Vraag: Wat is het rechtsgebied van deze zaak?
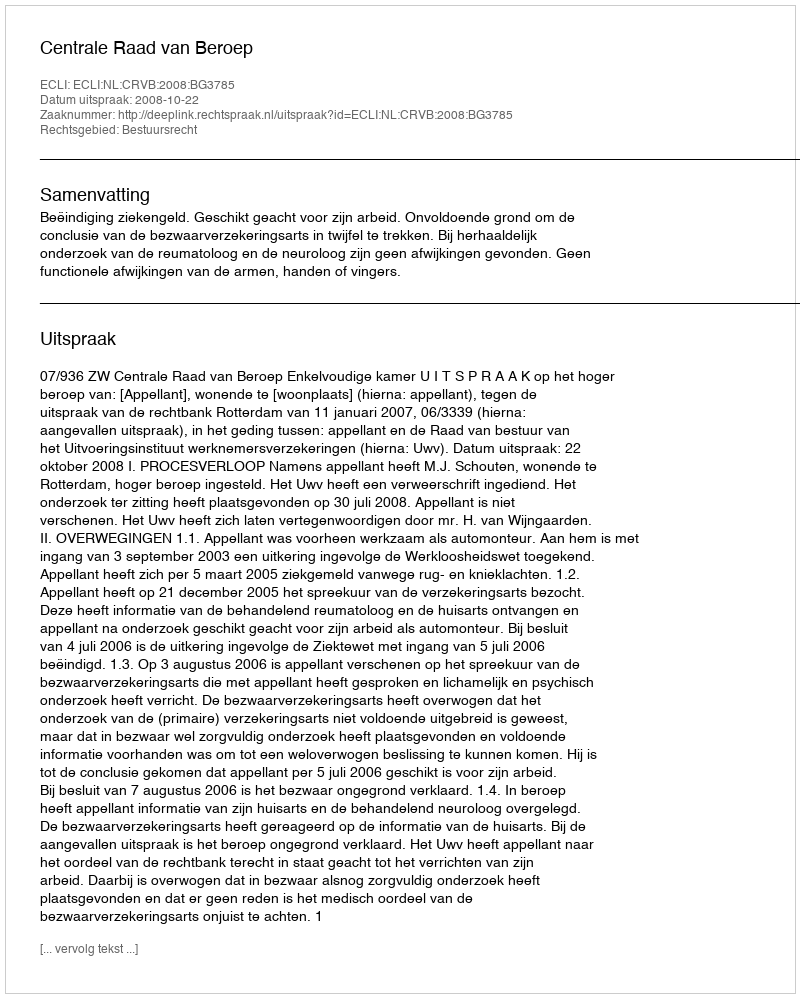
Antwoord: Bestuursrecht